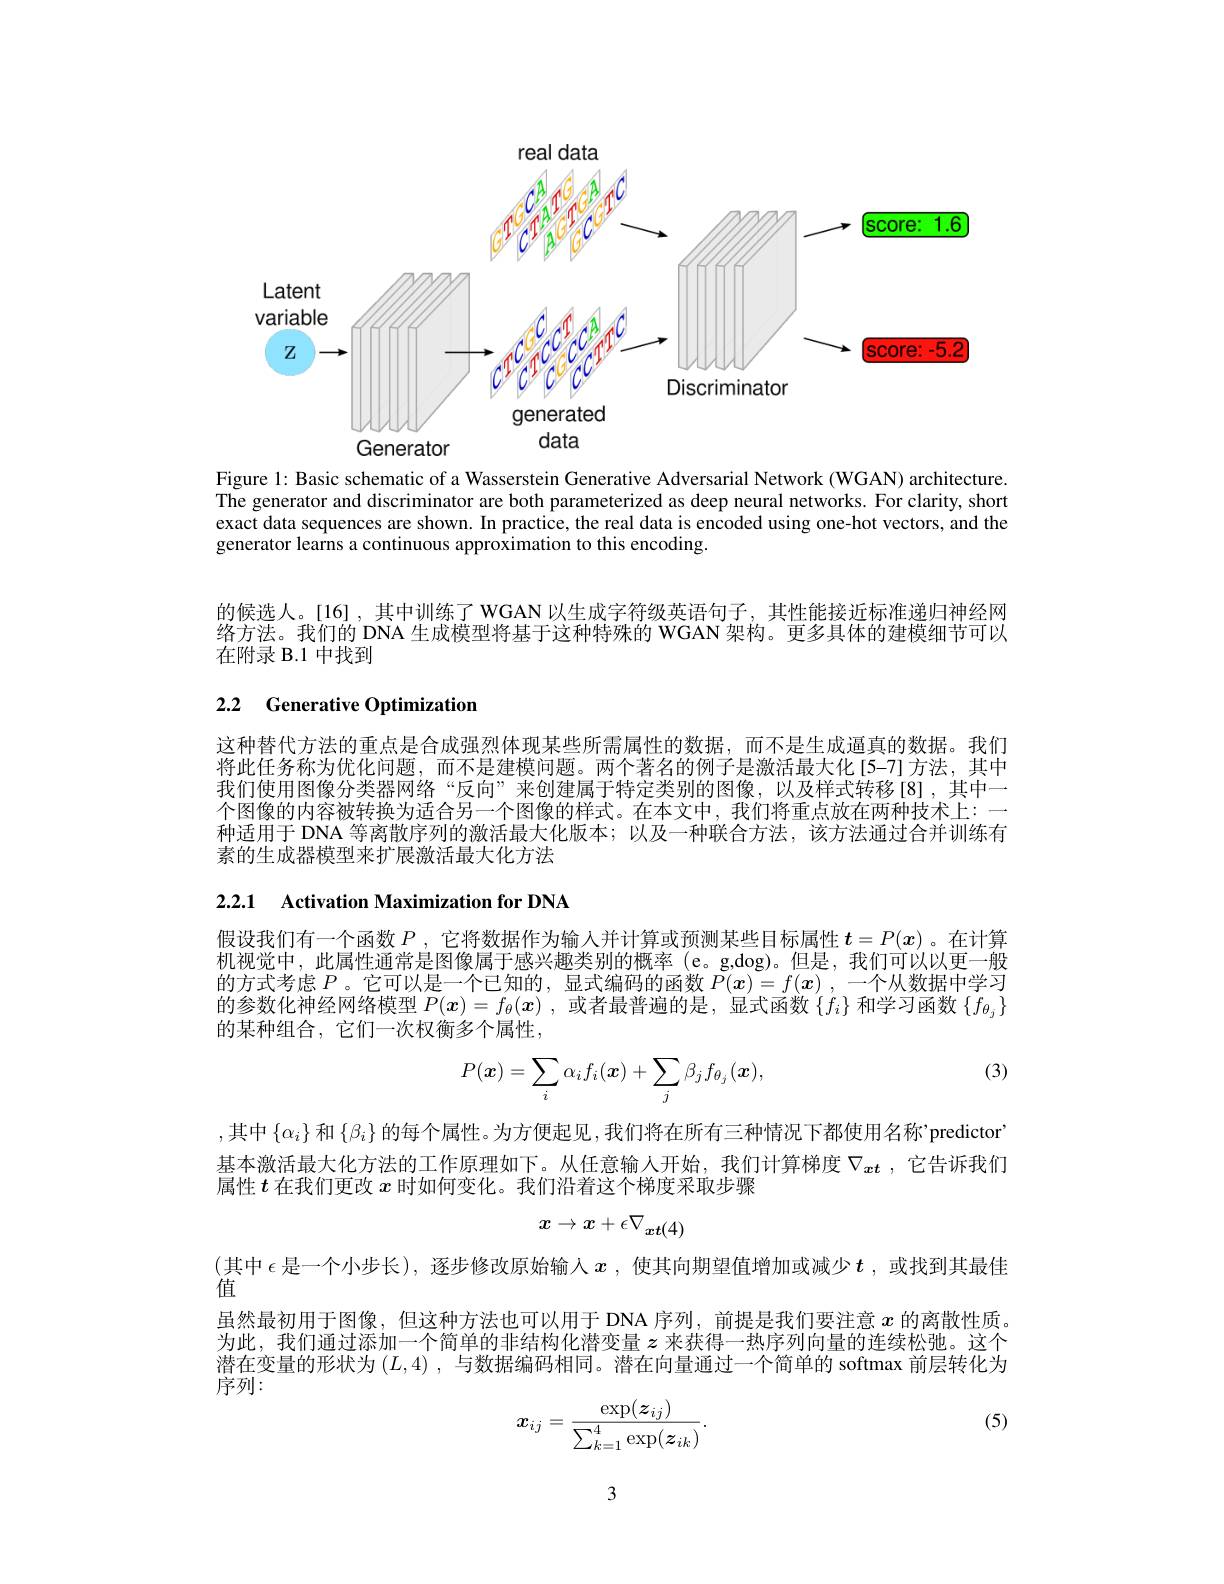
<FigureHere>

Figure l: Basic schematic of a Wasserstein Generative Adversarial Network (WGAN) architecture. The generator and discriminator are both parameterized as deep neural networks. For clarity, short exact data sequences are shown. In practice, the real data is encoded using one-hot vectors, and the generator learns a continuous approximation to this encoding.

的候选人。[16] ,其中训练了 WGAN 以生成字符级英语句子 ,其性能接近标准递归神经网络方法。我们的 DNA 生成模型将基于这种特殊的 WGAN 架构。更多具体的建模细节可以在附录 B.1 中找到

## 2.2 Generative Optimization

这种替代方法的重点是合成强烈体现某些所需属性的数据，而不是生成逼真的数据。我们将此任务称为优化问题，而不是建模问题。两个著名的例子是激活最大化[5-7]方法，其中我们使用图像分类器网络“反向”来创建属于特定类别的图像，以及样式转移[8],其中一个图像的内容被转换为适合另一个图像的样式。在本文中，我们将重点放在两种技术上：一种适用于 DNA 等离散序列的激活最大化版本；以及一种联合方法，该方法通过合并训练有素的生成器模型来扩展激活最大化方法

# 2.2.1 Activation Maximization for DNA

假设我们有一个函数$P$ ,它将数据作为输人并计算或预测某些目标属性$t=P(x)$ 。在计算机视觉中，此属性通常是图像属于感兴趣类别的概率(e。g,dog)。但是，我们可以以更一般的方式考虑 $P$。它可以是一个已知的，显式编码的函数 $P( \boldsymbol{x}) = f( \boldsymbol{x})$ , 一个从数据中学习的参数化神经网络模型$P(x)=f_\theta(x)$,或者最普遍的是，显式函数$\{f_i\}$和学习函数$\{f_{\theta_j}\}$ 的某种组合，它们一次权衡多个属性，

(3)
$$P(\boldsymbol{x})=\sum_i\alpha_if_i(\boldsymbol{x})+\sum_j\beta_jf_{\theta_j}(\boldsymbol{x}),$$
,其中$\left\{\alpha_i\right\}$和$\left\{\beta_i\right\}$的每个属性。为方便起见，我们将在所有三种情况下都使用名称'predictori 基本激活最大化方法的工作原理如下。从任意输人开始，我们计算梯度$\nabla_{xt}$ ,它告诉我们属性$t$在我们更改$x$时如何变化。我们沿着这个梯度采取步骤
$$x\to x+\epsilon\nabla_{xt(4)}$$
(其中$\epsilon$ 是一个小步长),逐步修改原始输入$x$,使其向期望值增加或减少$t$,或找到其最佳
值
虽然最初用于图像，但这种方法也可以用于 DNA 序列，前提是我们要注意$x$的离散性质。为此，我们通过添加一个简单的非结构化潜变量$z$来获得一热序列向量的连续松弛。这个潜在变量的形状为$(L,4)$ ,与数据编码相同。潜在向量通过一个简单的 softmax 前层转化为序列：

(5)
$$\boldsymbol{x}_{ij}=\frac{\exp(\boldsymbol{z}_{ij})}{\sum_{k=1}^{4}\exp(\boldsymbol{z}_{ik})}.$$
3